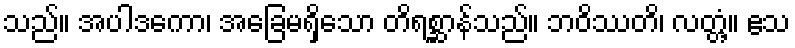
သည်။ အပါဒကော၊ အခြေမရှိသော တိရစ္ဆာန်သည်။ ဘဝိဿတိ၊ လတ္တံ့။ ဧသ